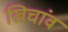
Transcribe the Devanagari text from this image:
खिचांव